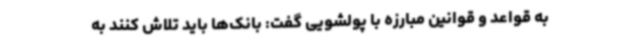
به قواعد و قوانین مبارزه با پولشویی گفت: بانک‌ها باید تلاش کنند به